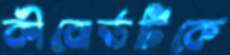
কীবোর্ডটিকে